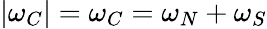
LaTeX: |\omega_{C}|=\omega_{C}=\omega_{N}+\omega_{S}